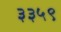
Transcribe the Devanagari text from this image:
३३५९